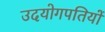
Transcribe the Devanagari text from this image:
उदयोगपतियों